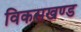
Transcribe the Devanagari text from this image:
विकसखण्ड